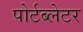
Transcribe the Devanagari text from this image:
पोर्टब्लेटर